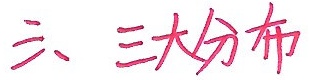
三、三大分布